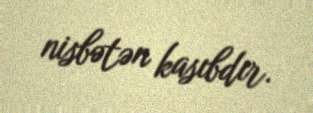
nisbətən kasıbdır.